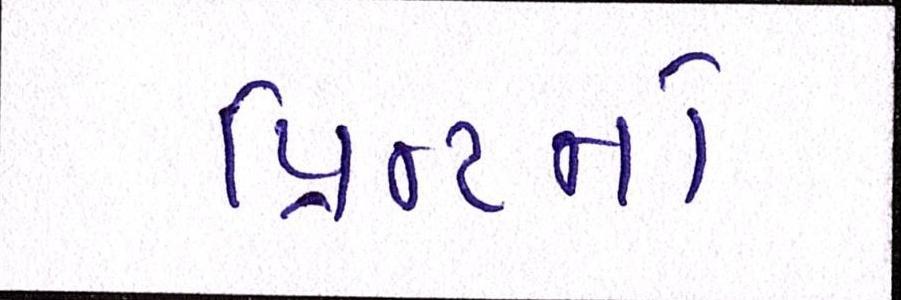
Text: પ્રિન્ટનો